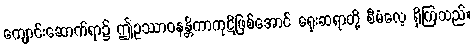
ကျောင်းဆောက်ရာ၌ ဤဥဿာဝနန္တိကာကုဋိဖြစ်အောင် ရှေးဆရာတို့ စီမံလေ့ ရှိကြသည်။